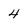
Character: 4